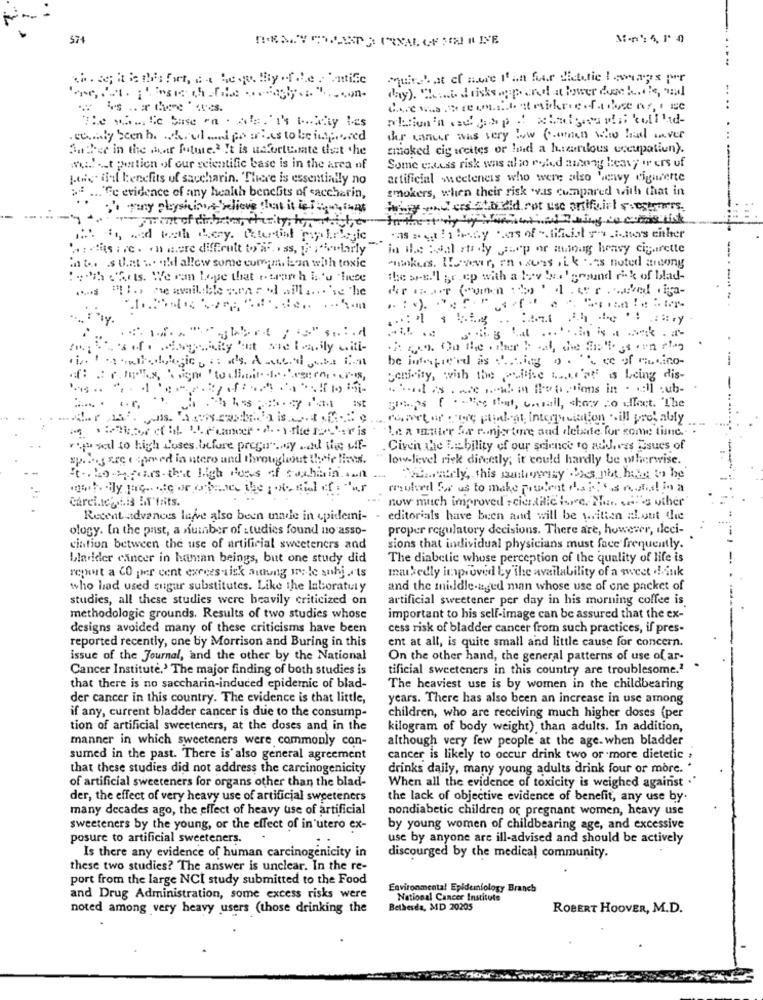
$74
conaby been h. hovland pourhas to be intpond
ther wanur was very low Comen who had never
Andsee in the mar future.2 It is unfortunate det the
smoked cig weites or land a hrcarious occupatiun).
#u. .. t portion of our scientific base is in the area of
Some excess risk was also roled among heavy or ers of
Lois dal benefits of saccharin. There is essentially no
artificial w.ceteneis who were also heavy cigarette
smokers, when their risk wyas compared with that in
.. "Ge evidence of any health benefits of saccharin,
thing wonders stordid not use oraffairt ssostenere
its are. on more difficult to .. . as, , "colorly"
in ile opal rudy jep or atioag heavy cigarette
makers. However, en . sons sik .as noted among
in the .s that wohl allew some cumm, bon with toxic
:ih chats. We ran Lope that i tran h L'u "liebe
the ses.'l gr .ep with a lev 'ye .. ' ground rik of blad-
"THE meamilible seared ollion'se the
. .. .... y
* **
. Aero. On the ather boat, the field is an slag
be intepe'rd as ... jeg o . '', ce of mineino-
senivity, with the puitise ..... l'af is being dis-
.r.
gets ( . . that, cowall, show to affect. "The
robert of The pinligt interrogation .ill probably
"Le a matter for r.injertore and delade for some time ..
, vd to high L'uses.before prega" .. y ... Add this uff-
. Given the E= bility of our science to addres Tisues of
spores are ( spred in utero and throughout their lives.
low-level riek directly; it could hardly be otherwise.
It .. bo ppers that high Hopes of suchain awn
moved For us to make prudent Pakets nund in a
Carei.tcatis IT'frits.
now much improved scia dilic Iswe, The. se's other
Recent advances lawve also been made in epidemi-
editorials have been and will be written al.out the
ology. In the past, a number of studies found no asso-
proper regulatory decisions. There are, however, deci-
ciation between the use of artificial sweeteners and
sions that individual physicians must face frequently.
bladder cancer in human beings, but one study did
The diabetic whose perception of the quality of life is
markedly inproved by the availability of a sweet denk
regent a CO per cent exeees-sisk authang ire-le snhj .rts
who had used sugar substitutes. Like the laboratuly
and the middle-aged man whose use of one packet of
studies, all these studies were beavily criticized on
artificial sweetener per day in his morning coffee is
methodologie grounds. Results of two studies whose
important to his self-image can be assured that the ex-
designs avoided many of these criticisms have been
cess risk of bladder cancer from such practices, if pres-
reported recently, one by Morrison and Buring in this
ent at all, is quite small and little cause for concern.
issue of the Journal, and the other by the National
On the other hand, the general patterns of use of ar-
Cancer Institute.' The major finding of both studies is
tificial sweeteners in this country are troublesome."
that there is no saccharin-induced epidemic of blad-
The heaviest use is by women in the childbearing
der cancer in this country. The evidence is that little,
years. There has also been an increase in use among
if any, current bladder cancer is due to the consump-
children, who are receiving much higher doses (per
tion of artificial sweeteners, at the doses and in the
kilogram of body weight) than adults. In addition,
manner in which sweeteners were commonly con-
although very few people at the age. when bladder
sumed in the past. There is'also general agreement
cancer is likely to occur drink two or more dietetic ,
that these studies did not address the carcinogenicity
drinks daily, many young adults drink four or more. "
of artificial sweeteners for organs other than the blad-
When all the evidence of toxicity is weighed against .'
der, the effect of very heavy use of artificial sweeteners
the lack of objective evidence of benefit, any use by.
many decades ago, the effect of heavy use of artificial
nondiabetic children or pregnant women, heavy use
sweeteners by the young, or the effect of in utero ex-
by young women of childbearing age, and excessive
posure to artificial sweeteners.
use by anyone are ill-advised and should be actively
Is there any evidence of human carcinogenicity in
discourged by the medical community.
these two studies? The answer is unclear. In the re-
port from the large NCI study submitted to the Food
Environmental Epidemiology Branch
and Drug Administration, some excess risks were
National Cancer Institute
noted among very heavy users (those drinking the
Bethesda, MID 20205
ROBERT HOOVER, M.D.